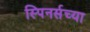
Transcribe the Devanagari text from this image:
स्पिनर्सच्या